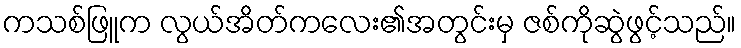
ကသစ်ဖြူက လွယ်အိတ်ကလေး၏အတွင်းမှ ဇစ်ကိုဆွဲဖွင့်သည်။